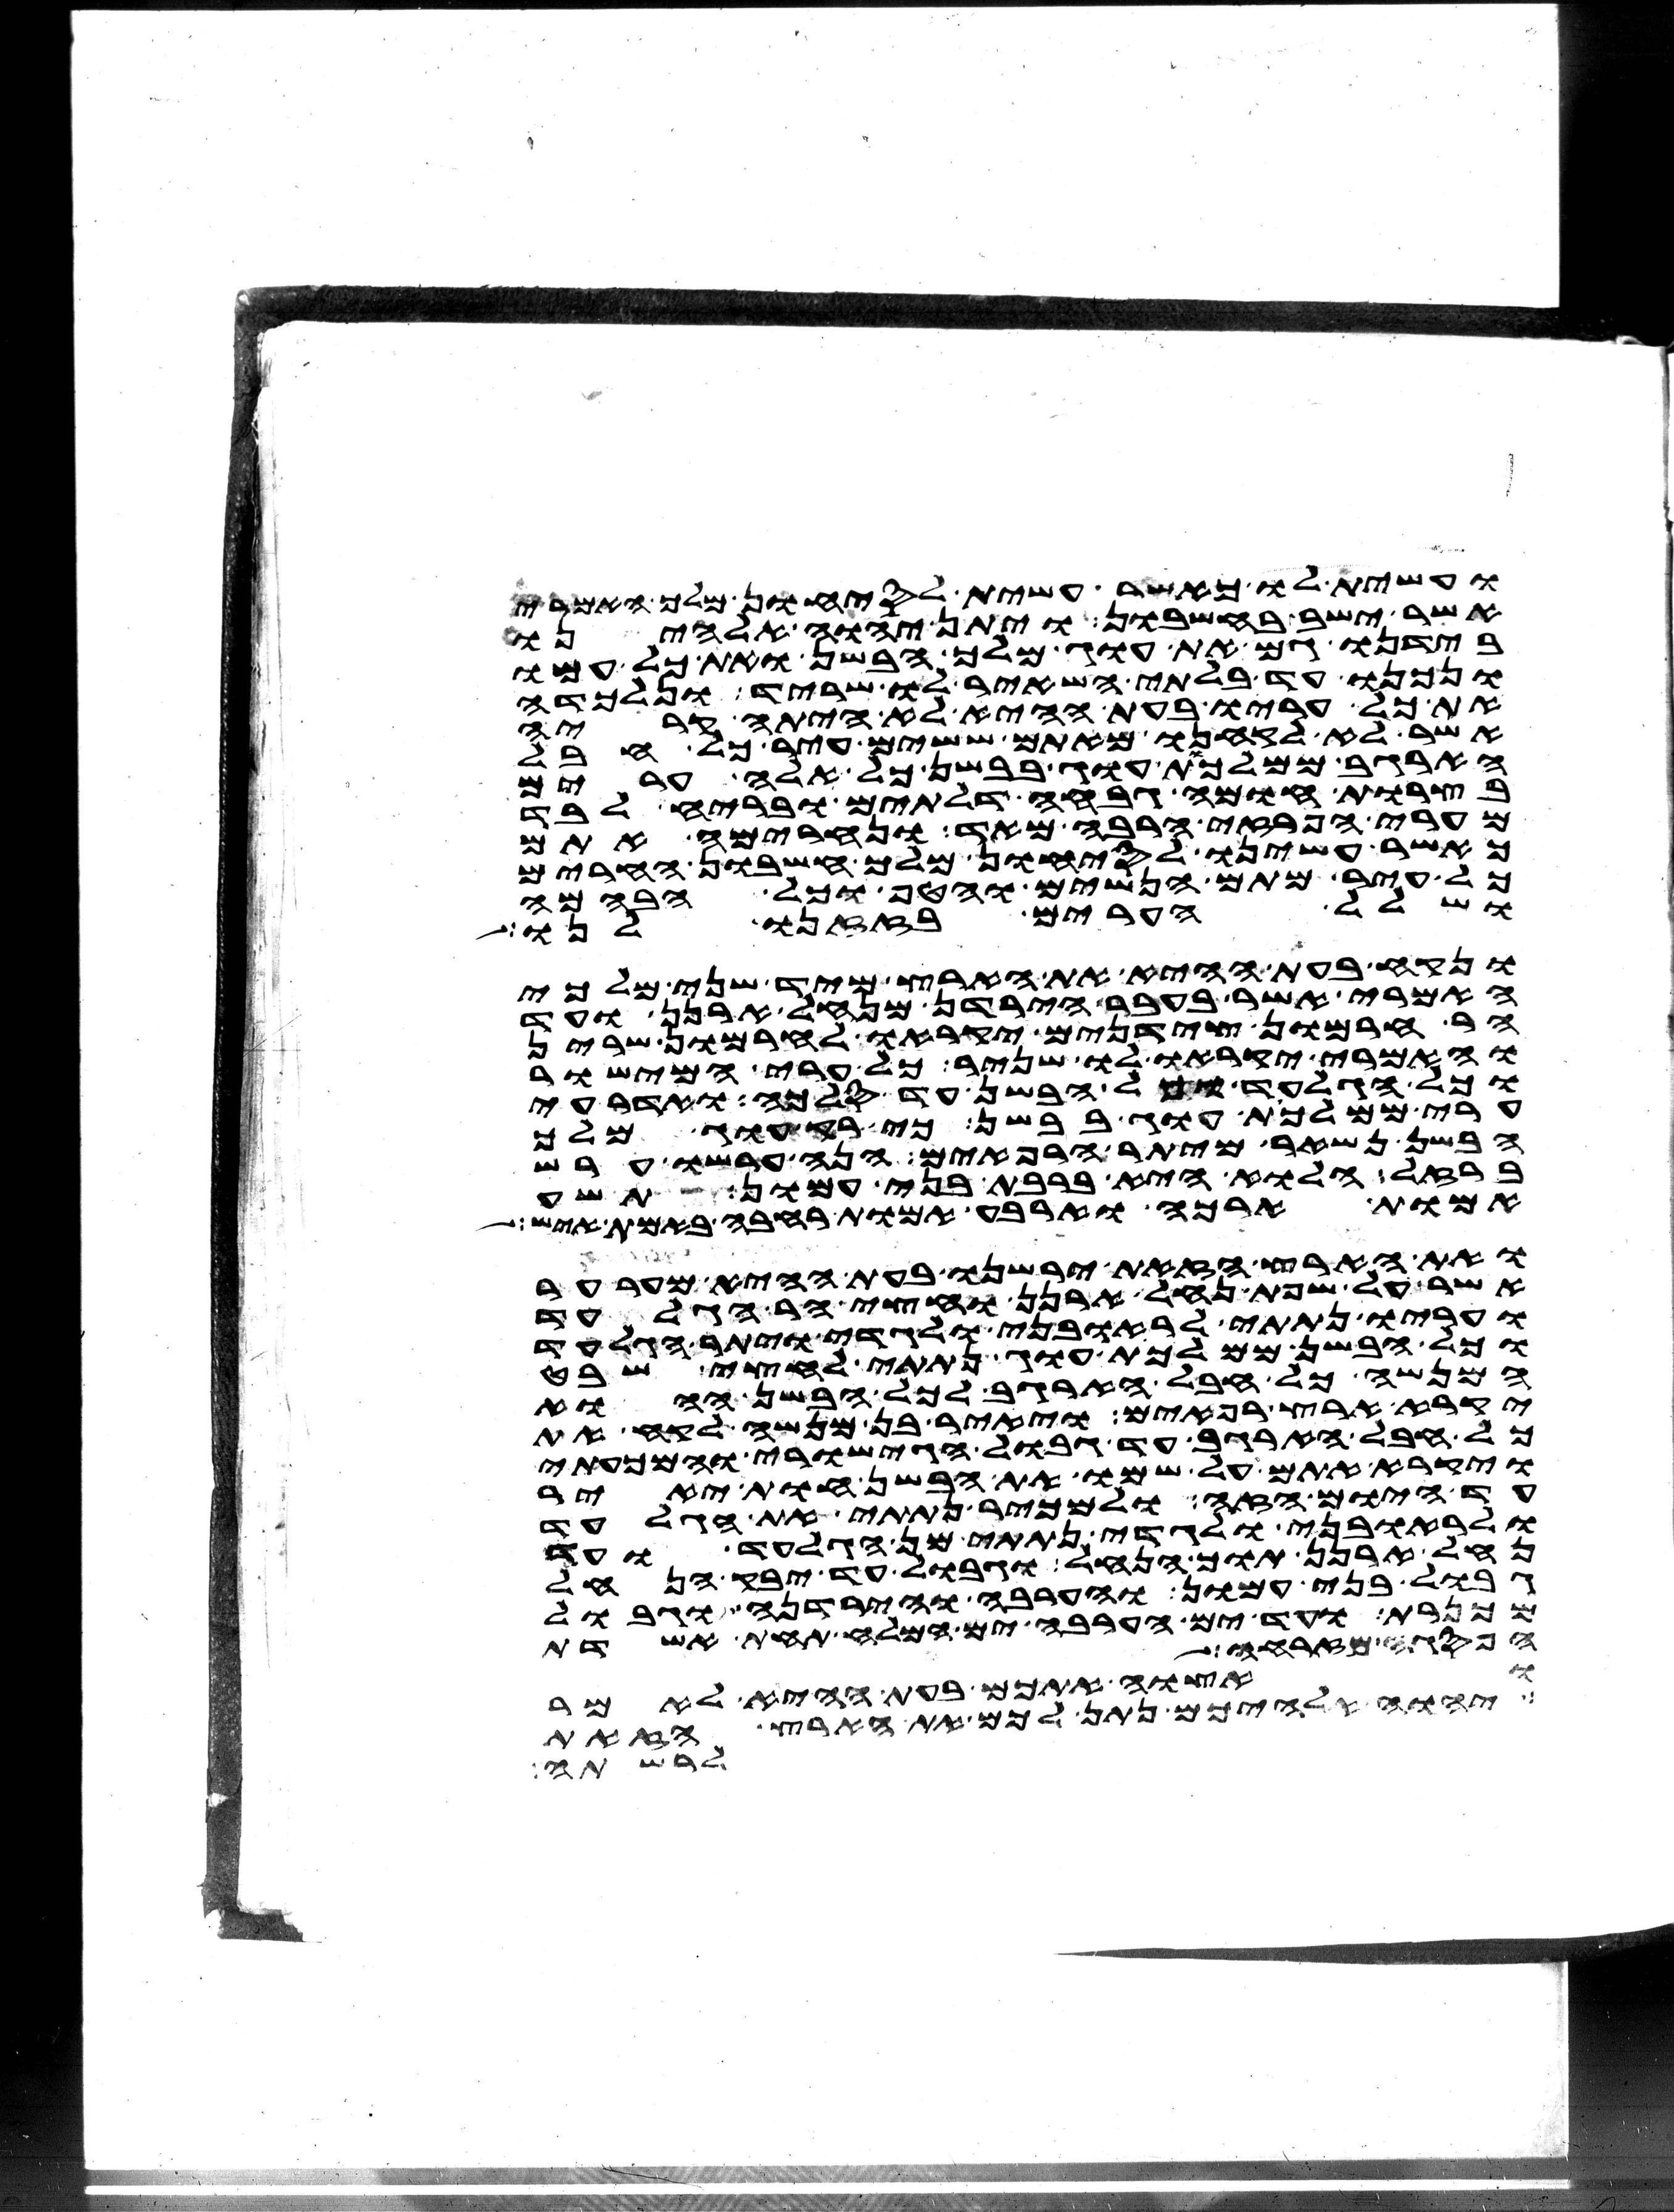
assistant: ועשית לו כאשר עשית לסיחון מלך האמרי
אשר ישב בחשבון ויתן יהוה אלהינו
בידנו גם את עוג מלך הבשן ואת כל עמו
ונכנו עד בלתי השאיר לו שריד ונלכדה
את כל עריו בעת ההיא לא היתה קריה
אשר לא לקחנו מאתם ששים עיר כל חבל
הארגב ממלכות עוג בבשן כל אלה ערים
בצרות חומה גבחה דלתים ובריח לבד
מערי הפרזי הרבה מאד ונחרימה אתם
כאשר עשינו לסיחון מלך חשבון החרים
כל עיר מתם הנשים והטף וכל הבהמה
ושלל הערים בזזנו לנו
ונקח בעת ההיא את הארץ מיד שני מלכי
האמרי אשר בעבר הירדן מנחל ארנן ועד
הר חרמון צידנים יקראו לחרמון שרין
והאמרי יקראו לו שניר כל ערי המישור
וכל הגלעד וכל הבשן עד סלכה ואדרעי
ערי ממלכת עוג בבשן כי רק עוג מלך
הבשן נשאר מיתר הרפאים הנה ערשו ערש
ברזל הלוא היא ברבת בני עמון תשע
אמות ארכה וארבע אמות רחבה באמת איש
ואת הארץ הזאת ירשנו בעת ההיא מערער
אשר על שפת נחל ארנן וחצי הר הגלעד
ועריו נתתי לראובני ולגדי ויתר הגלעד
וכל הבשן ממלכת עוג נתתי לחצי שבט
המנשה כל חבל הארגב לכל הבשן ההוא
יקרא ארץ רפאים ויאיר בן מנשה לקח את
כל חבל הארגב עד גבול הגישורי והמכעתי
ויקרא אתם על שמו את הבשן חות יאיר
עד היום הזה ולמכיר נתתי את הגלעד
ולראובני ולגדי נתתי מן הגלעד ועד
נחל ארנן תוך הנחל וגבול עד יבק הנחל
גבול בני עמון והערבה והירדנה וגבול
מכנרת ועד ים הערבה ים המלח תחת אשדות
הפסגה מזרחה
ואצוה אתכם בעת ההיא לאמר
יהוה אלהיכם נתן לכם את הארץ הזאת
לרשתה